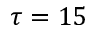
\tau = 1 5